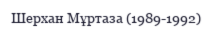
Шерхан Мұртаза (1989-1992)